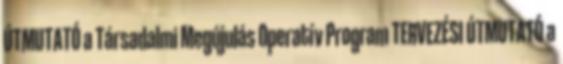
ÚTMUTATÓ a Társadalmi Megújulás Operatív Program TERVEZÉSI ÚTMUTATÓ a